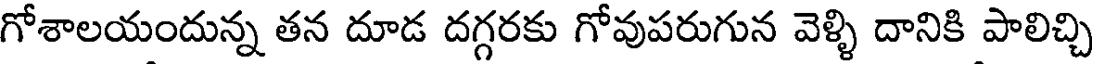
గోశాలయందున్న తన దూడ దగ్గరకు గోవుపరుగున వెళ్ళి దానికి పాలిచ్చి